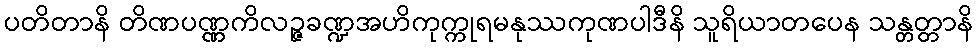
ပတိတာနိ တိဏပဏ္ဏကိလဉ္ဇခဏ္ဍအဟိကုက္ကုရမနုဿကုဏပါဒီနိ သူရိယာတပေန သန္တတ္တာနိ